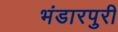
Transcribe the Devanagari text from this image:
भंडारपुरी